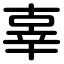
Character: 辜